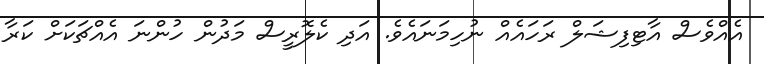
އެއްވެސް އާޓިފިޝަލް ރަހައެއް ނުހިމަނައެވެ. އަދި ކެލޮރީސް މަދުން ހުންނަ އެއްޗަކަށް ކަރާ